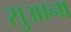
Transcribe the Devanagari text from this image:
सुआना